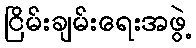
ငြိမ်းချမ်းရေးအဖွဲ့